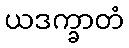
ယဒက္ခာတံ